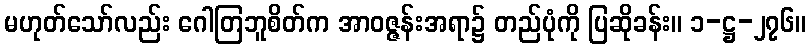
မဟုတ်သော်လည်း ဂေါတြဘူစိတ်က အာဝဇ္ဇန်းအရာ၌ တည်ပုံကို ပြဆိုခန်း။ ၁-ဋ္ဌ-၂၇၆။